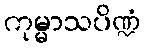
ကုမ္မာသပိဏ္ဍံ